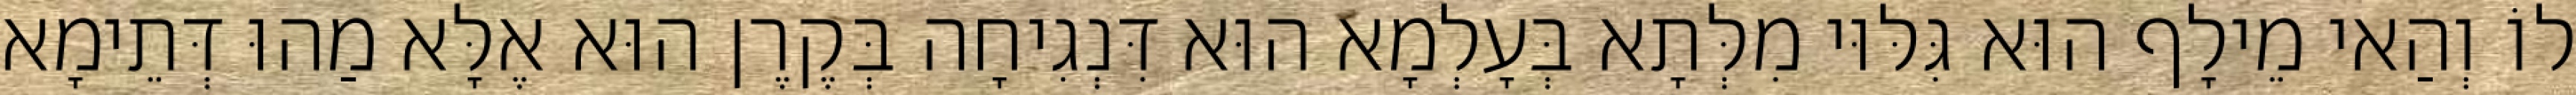
לוֹ וְהַאי מֵילָף הוּא גִּלּוּי מִלְּתָא בְּעָלְמָא הוּא דִּנְגִיחָה בְּקֶרֶן הוּא אֶלָּא מַהוּ דְּתֵימָא